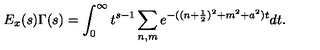
E _ { x } ( s ) \Gamma ( s ) = \int _ { 0 } ^ { \infty } t ^ { s - 1 } \sum _ { n , m } e ^ { - ( ( n + \frac { 1 } { 2 } ) ^ { 2 } + m ^ { 2 } + a ^ { 2 } ) t } d t .